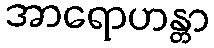
အာရောဟန္တာ